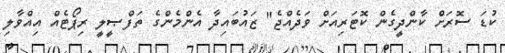
ކުޑަ ސޮރަށް ކާންދީގެން ކޮޓަރިއަށް ވަދެއްޖެ" ޒައުބައިދާ އެންމެންގެ ތަފްޞީލީ ރިޕޯޓެއް އިއްވާލި